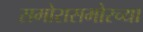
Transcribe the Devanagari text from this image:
समोरासमोरच्या